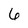
Character: 6